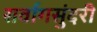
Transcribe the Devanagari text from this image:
सर्वागसुंदरी